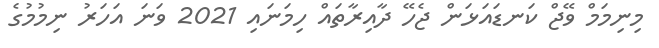
މިނިމަމް ވޭޖް ކަނޑައަޅަން ޖެހޭ ދާއިރާތައް ހިމަނައި 2021 ވަނަ އަހަރު ނިމުމުގެ